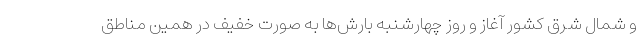
و شمال شرق کشور آغاز و روز چهارشنبه بارش‌ها به صورت خفیف در همین مناطق